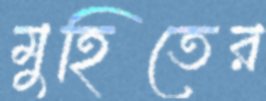
মুহিতের